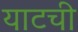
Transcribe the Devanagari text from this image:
याटची